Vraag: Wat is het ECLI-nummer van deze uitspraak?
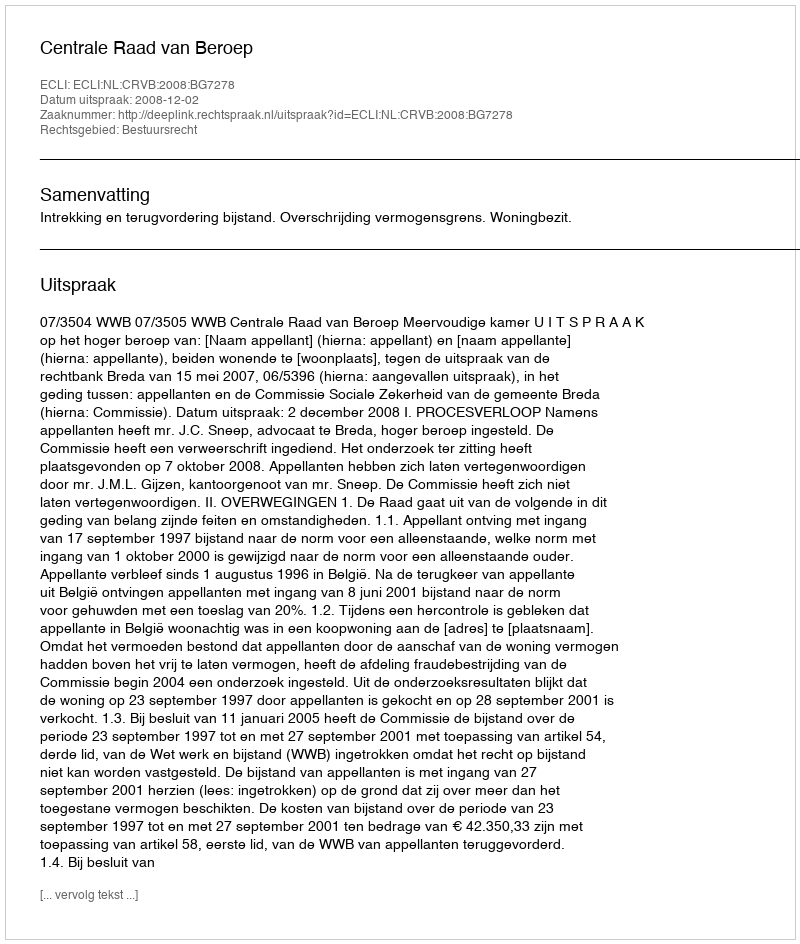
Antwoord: ECLI:NL:CRVB:2008:BG7278